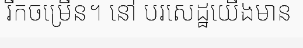
រីកចម្រើន។ នៅ បរសេដ្ឋយើងមាន